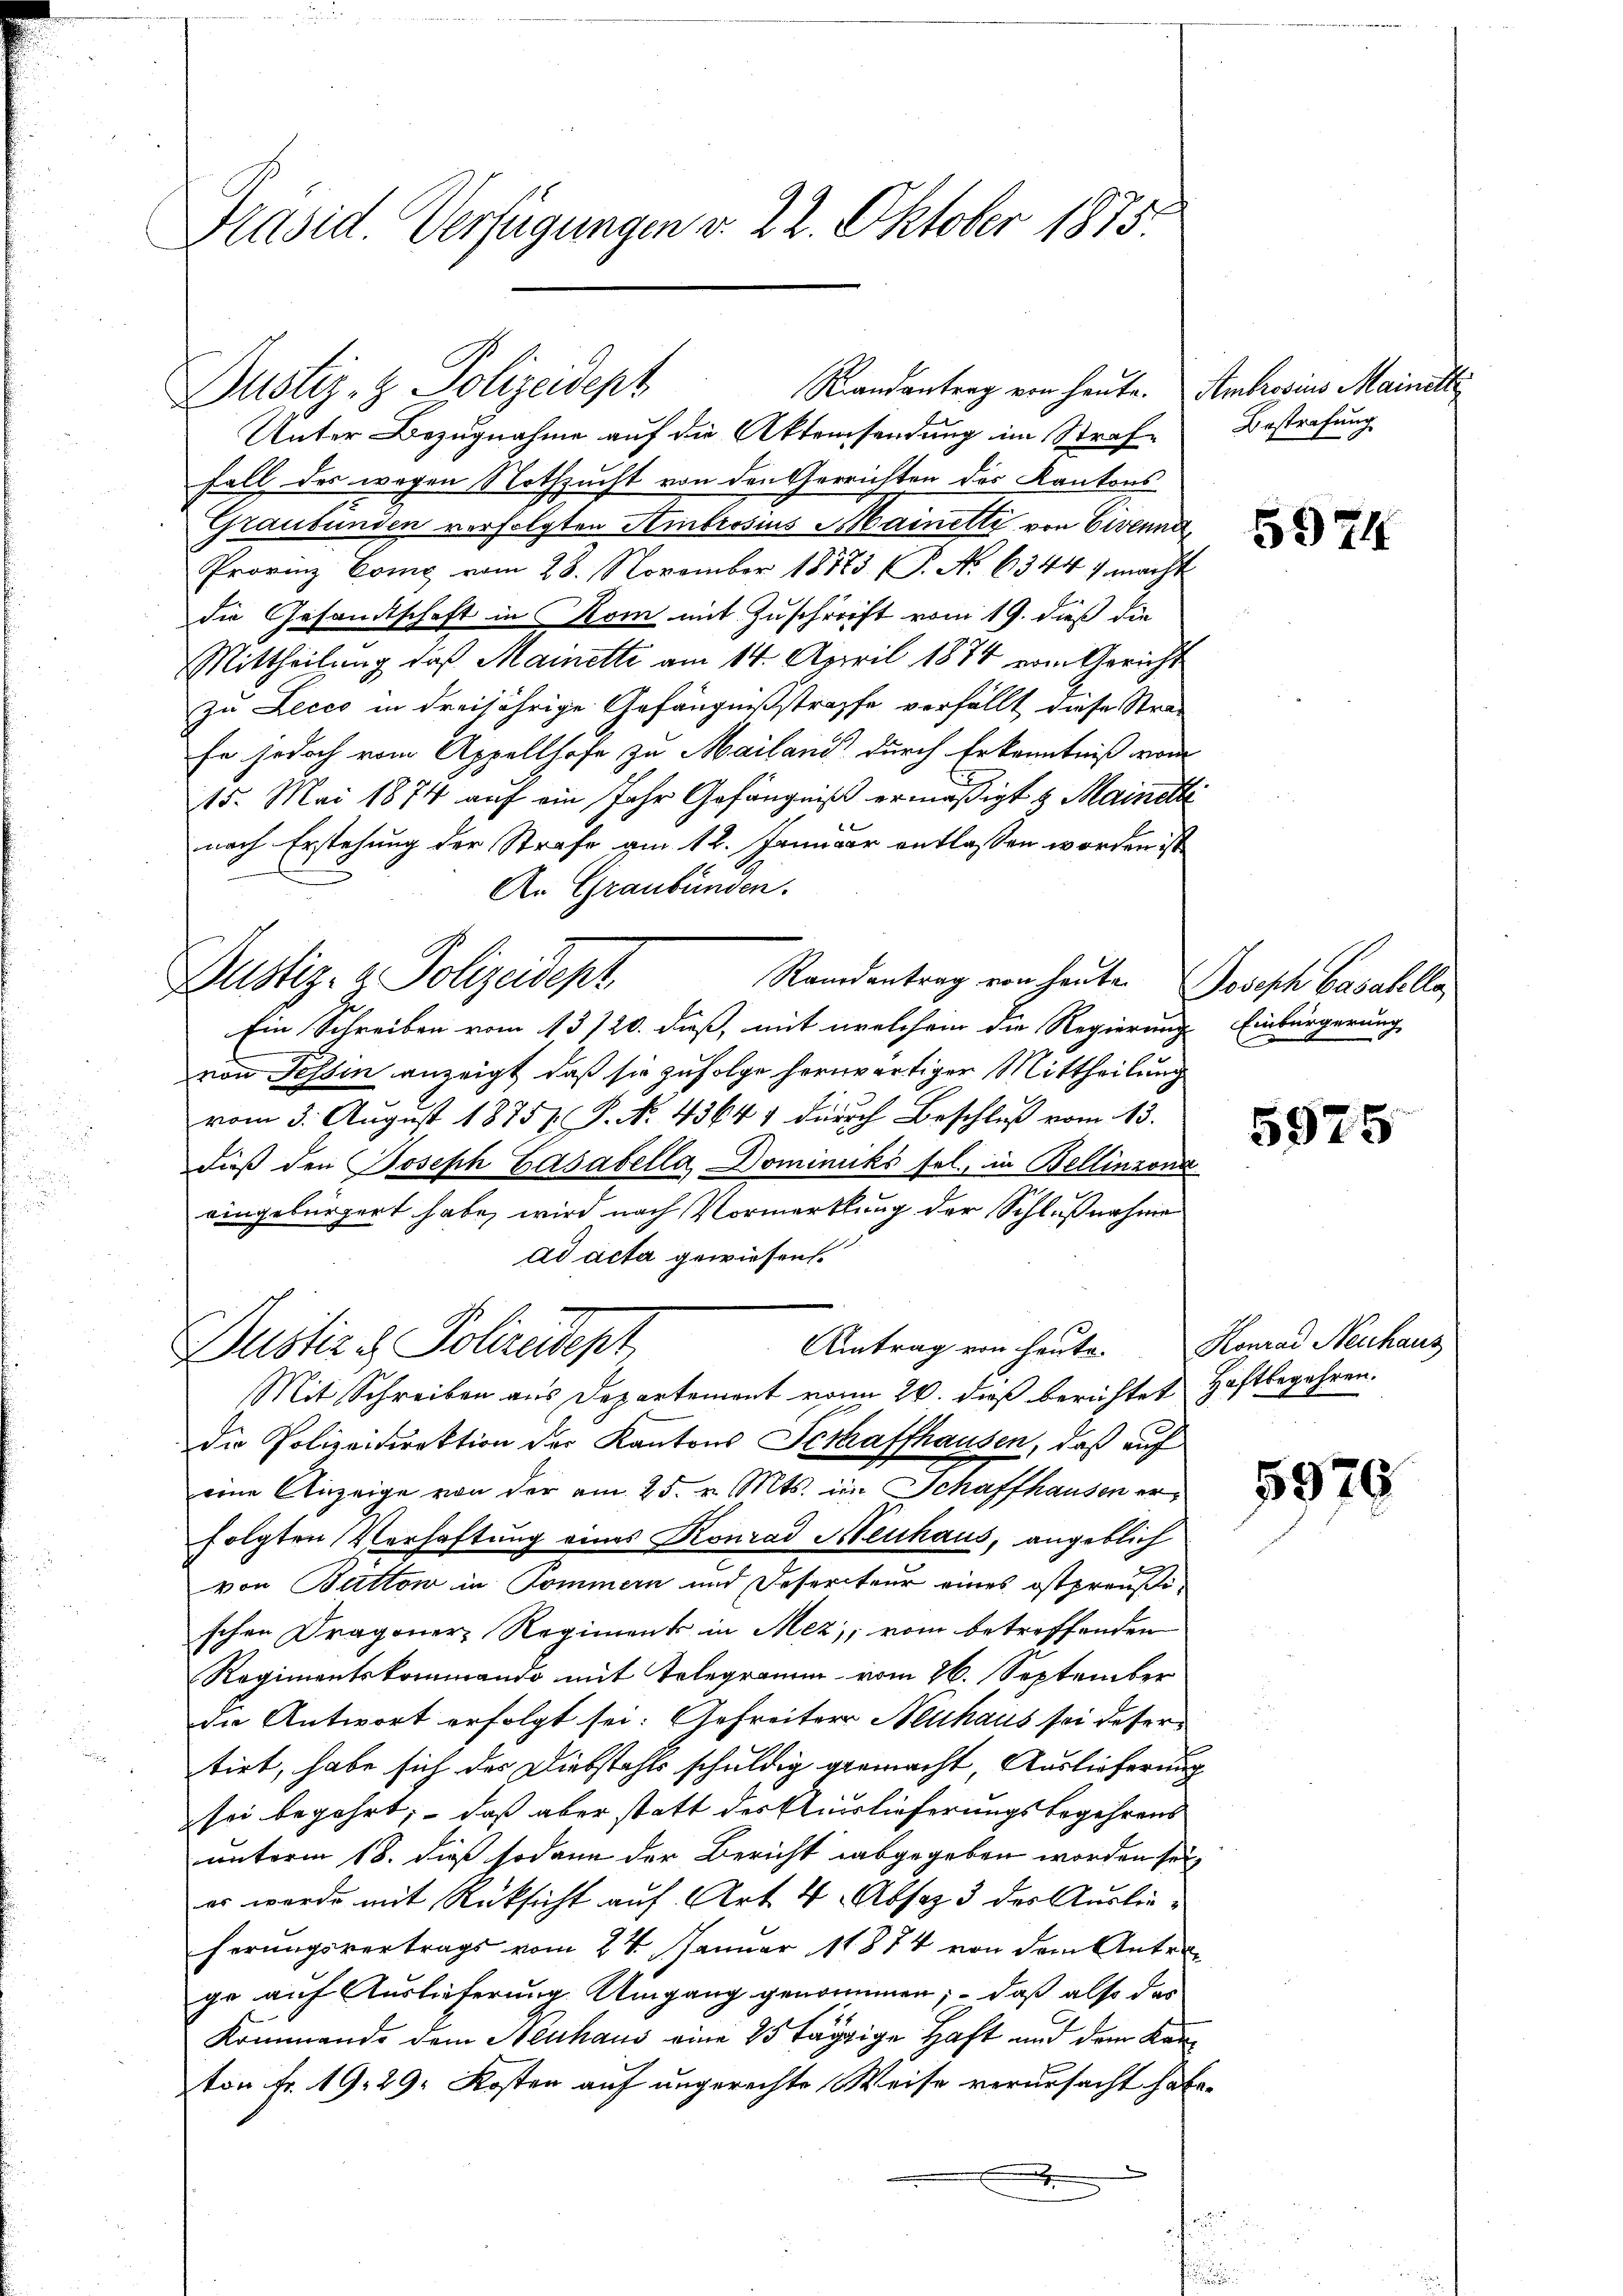
Präsid. Verfügungen v. 22. Oktober 1875.

Unter Bezugnahme auf die Aktensendung im Strafe Bestrafung
Fall des wegen Nothzucht von den Gerrichten des Kantons
Graubünden verfolgten Ambrosius Mainetti von Civenna
Provinz Como vom 28. November 18773. (P. Nr. 6344 f macht
die Gesandtschaft in Rom mit Zuschrift vom 19. dieß die
Mittheilung, daß Mainette am 14. April 1874 vom Gericht
zu Lecco in dreijährige Gefängnißstraffe verfällt diese Stra-
fe jedoch vom Appellhofe zu Mailand durch Erkenntniß vom
15. Mai 1874 auf ein Jahr Gefängniß ermäßigt & Mainette
nach Erstehung der Strafe am 12. Januar entlassen worden ist
An Graubünden.
Randantrag von heute. Joseph Casahlla
Ein Schreiben vom 13./20. dieß, mit welchem die Regierung
von Tessin anzeigt, daß sie zufolge herwärtiger Mittheilung
vom 3. August 1875. P. N. 43647 durch Beschluß vom 13.
dieß den Joseph Gasabella Dominiks sel., in Bellinzona
eingebürgert habe, wird nach Vormerkung der Schlußnahme
ad acta gewiesen.
Amtrag von heute.
Dustiz & Polizeidept
Mit Schreiben aus Departement von 20. dieß berichtet Haftbegehren.
Die Polizeidirektion der Kantons Schaffhausen, daß auf
eine Anzeige von der am 25. v. Mts. im Schaffhausen erfolgten Verhaftung eines Konrad Neuhaus, angeblich
von Battow in Kommern und Desercteur eines ostpreußischen Dragoner Regiment in Mez, vom betreffenden
Regimentskommando mit Telegramm vom 26. September
die Antwort erfolgt sei. Gefreiter Neuhaus sei desser
tirt, habe sich der Diebstahls schuldig gemacht Auslieferung
sei begehrt, – daß aber statt des Auslieferungsbegehrens
unterm 18. dieß sodann der Bericht abgegeben worden sei,
er werde mit Rücksicht auf Art. 4 Absaz 3 des Auslieferungsvertrags vom 24. Januar 1884 von dem Antrage auf Auslieferung Umgang genommen; – daß also das
Kommende dem Neuhaus eine 15 tägige Haft und dem Kanton Fr. 19. 29. Kosten auf angerechte Weise verursacht habe.
.
e

Randantrag von heute. Ambrosius Mainitt
Dustiz- & Polizeidept

Bustiz- & Polizeidept

5974

Einbürgerung

5975

Konrad Neuhaus

5979